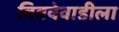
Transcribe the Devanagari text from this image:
बिबवेवाडीला